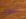
ليس